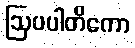
ဩပပါတိကော